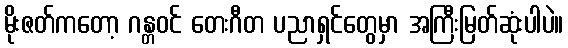
မိုးဇတ်ကတော့ ဂန္တဝင် တေးဂီတ ပညာရှင်တွေမှာ အကြီးမြတ်ဆုံးပါပဲ။